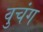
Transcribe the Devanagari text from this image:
वुचंग